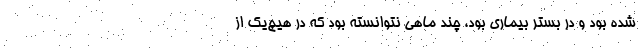
شده بود و در بستر بیماری بود، چند ماهی نتوانسته بود که در هیچ‌یک از